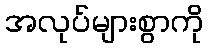
အလုပ်များစွာကို